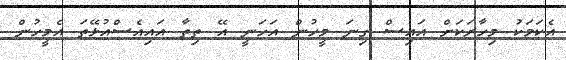
އެކަމަކު މިހާރަކަށް އައިސް ގިނަ މީހުން އަހަނީ އޭ ތިތާ އައިއެސްއުޅޭތަ އެމީހުން